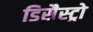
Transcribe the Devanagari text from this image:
डिसैस्ट्रो